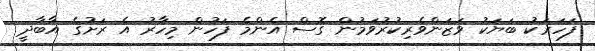
ފަހަރަކު ބަޔަކު ވަޒަންވެރިކުރުވަމުން ގޮސް އެންމެ ފަހުން މިހާރު އެ ރަށުގެ އާބާދީ